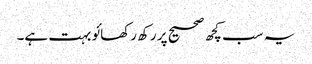
یہ سب کچھ صحیح پر رکھ رکھائو بہت ہے۔